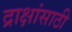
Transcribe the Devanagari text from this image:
द्राक्षांसाठी